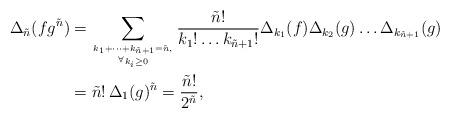
LaTeX: \begin{align*}\Delta_{\tilde{n}}(fg^{\tilde{n}})&=\sum_{k_1+\dots+k_{\tilde{n}+1}=\tilde{n},\atop{}^\forall k_i\ge0}\frac{\tilde{n}!}{k_1!\dots k_{\tilde{n}+1}!}\Delta_{k_1}(f)\Delta_{k_2}(g)\dots\Delta_{k_{\tilde{n}+1}}(g)\\&=\tilde{n}!\,\Delta_1(g)^{\tilde{n}}=\frac{\tilde{n}!}{2^{\tilde{n}}},\end{align*}